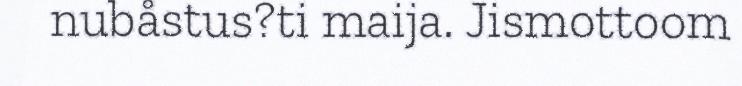
nubåstus?ti maija. Jismottoom